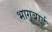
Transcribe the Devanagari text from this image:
भागूबाई